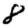
Digit: 8